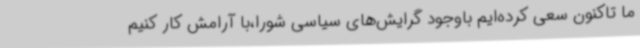
ما تاکنون سعی کرده‌ایم باوجود گرایش‌های سیاسی شورا،با آرامش کار کنیم